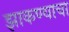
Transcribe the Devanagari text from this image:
झाकण्याचा